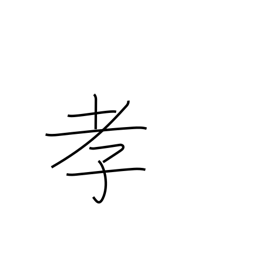
Meaning: child's respect